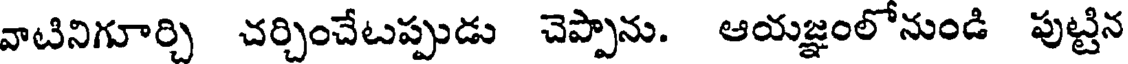
వాటినిగూర్చి చర్చించేటప్పుడు చెప్పాను. ఆయజ్ఞంలోనుండి పుట్టిన